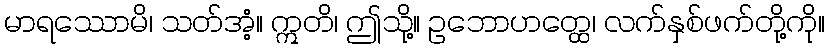
မာရဿောမိ၊ သတ်အံ့။ ဣတိ၊ ဤသို့။ ဥဘောဟတ္ထေ၊ လက်နှစ်ဖက်တို့ကို။